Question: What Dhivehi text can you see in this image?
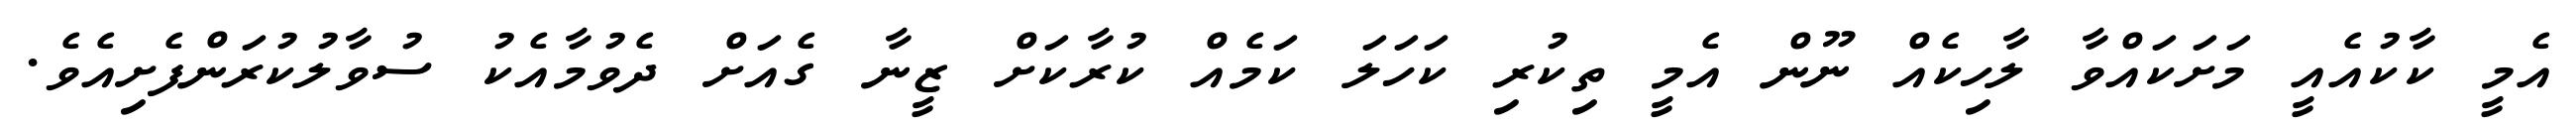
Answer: އެމީ ކާކުއެއީ މަށަކައްވާ ލާހިކެއް ނޫން އެމީ ތިކުރި ކަހަލަ ކަމެއް ކުރާކަށް ޒީނާ ގެއަށް ދެވުމާއެކު ސުވާލުކުރަންފެށިއެވެ.